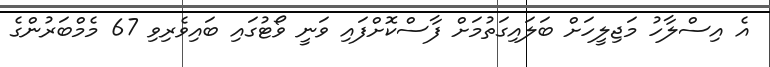
އެ އިސްލާހު މަޖިލީހަށް ބަލައިގަތުމަށް ފާސްކޮށްފައި ވަނީ ވޯޓުގައި ބައިވެރިވި 67 މެމްބަރުންގެ